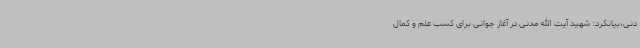
دنی،بیانکرد: شهید آیت الله مدنی در آغاز جوانی برای کسب علم و کمال